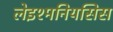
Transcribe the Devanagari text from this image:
लेइश्मनियसिस